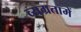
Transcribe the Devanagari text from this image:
व्यग्रतामें